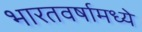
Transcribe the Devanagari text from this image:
भारतवर्षामध्ये